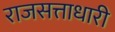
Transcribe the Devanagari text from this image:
राजसत्ताधारी